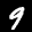
Label: 9